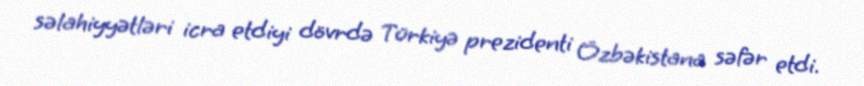
səlahiyyətləri icra etdiyi dövrdə Türkiyə prezidenti Özbəkistana səfər etdi.